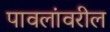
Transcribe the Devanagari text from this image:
पावलांवरील